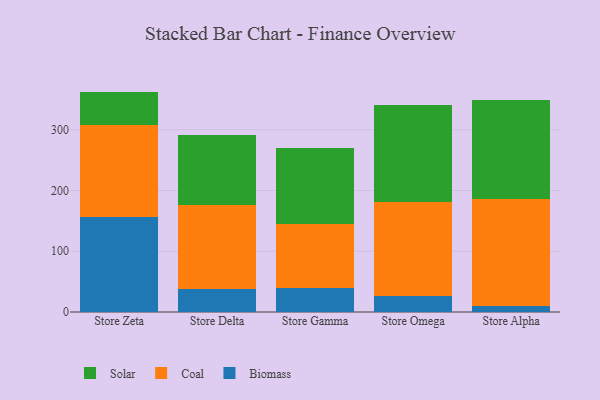
{"axis": {"x": "Store", "y": "Conversion Rate (%)"}, "legend": ["Biomass", "Coal", "Solar"], "data": [{"x": "Store Zeta", "y": 157.1, "type": "Biomass"}, {"x": "Store Zeta", "y": 151.4, "type": "Coal"}, {"x": "Store Zeta", "y": 54.2, "type": "Solar"}, {"x": "Store Delta", "y": 38.4, "type": "Biomass"}, {"x": "Store Delta", "y": 138.1, "type": "Coal"}, {"x": "Store Delta", "y": 114.7, "type": "Solar"}, {"x": "Store Gamma", "y": 40.0, "type": "Biomass"}, {"x": "Store Gamma", "y": 104.8, "type": "Coal"}, {"x": "Store Gamma", "y": 124.5, "type": "Solar"}, {"x": "Store Omega", "y": 26.6, "type": "Biomass"}, {"x": "Store Omega", "y": 155.2, "type": "Coal"}, {"x": "Store Omega", "y": 159.6, "type": "Solar"}, {"x": "Store Alpha", "y": 9.3, "type": "Biomass"}, {"x": "Store Alpha", "y": 177.1, "type": "Coal"}, {"x": "Store Alpha", "y": 161.8, "type": "Solar"}]}